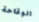
الوقاحة